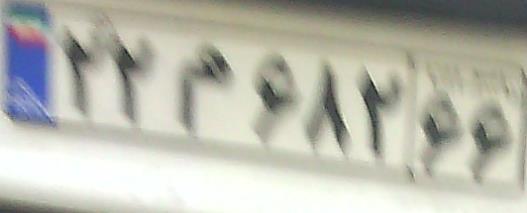
۲۲م۶۸۲۶۶